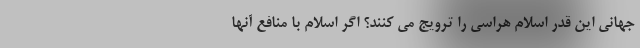
جهانی این قدر اسلام هراسی را ترویج می کنند؟ اگر اسلام با منافع آنها